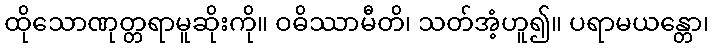
ထိုသောဏုတ္တရာမူဆိုးကို။ ဝဓိဿာမီတိ၊ သတ်အံ့ဟူ၍။ ပရာမယန္တော၊